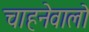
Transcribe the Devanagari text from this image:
चाहनेवालो